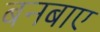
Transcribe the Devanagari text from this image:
बनबाए